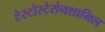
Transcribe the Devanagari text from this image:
टेस्टोस्टेरोनशामिल